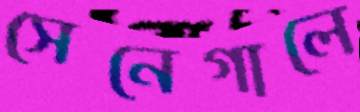
সেনেগালে